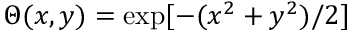
\Theta ( x , y ) = \exp [ - ( x ^ { 2 } + y ^ { 2 } ) / 2 ]